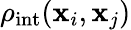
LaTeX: \rho_{\mathrm{int}}(\mathbf{x}_{i},\mathbf{x}_{j})